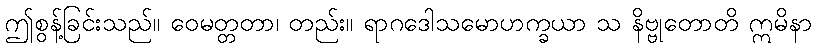
ဤစွန့်ခြင်းသည်။ ဝေမတ္တတာ၊ တည်း။ ရာဂဒေါသမောဟက္ခယာ သ နိဗ္ဗုတောတိ ဣမိနာ